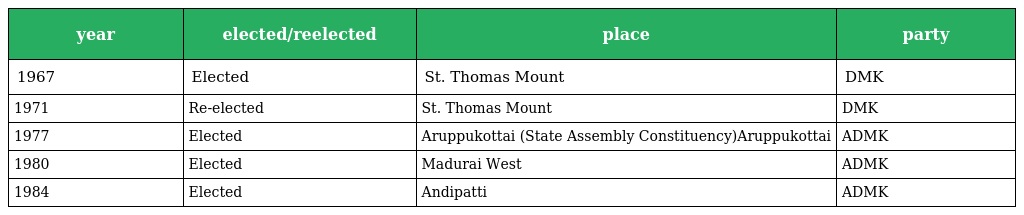
| year | elected/reelected | place | party |
 | --- | --- | --- | --- |
 | 1967 | Elected | St. Thomas Mount | DMK |
 | 1971 | Re-elected | St. Thomas Mount | DMK |
 | 1977 | Elected | Aruppukottai (State Assembly Constituency)Aruppukottai | ADMK |
 | 1980 | Elected | Madurai West | ADMK |
 | 1984 | Elected | Andipatti | ADMK |